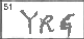
Transcription: YRG